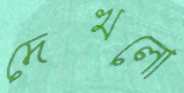
দেখলো